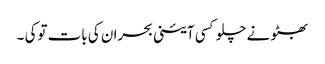
بھٹو نے چلو کسی آئینی بحران کی بات توکی ۔